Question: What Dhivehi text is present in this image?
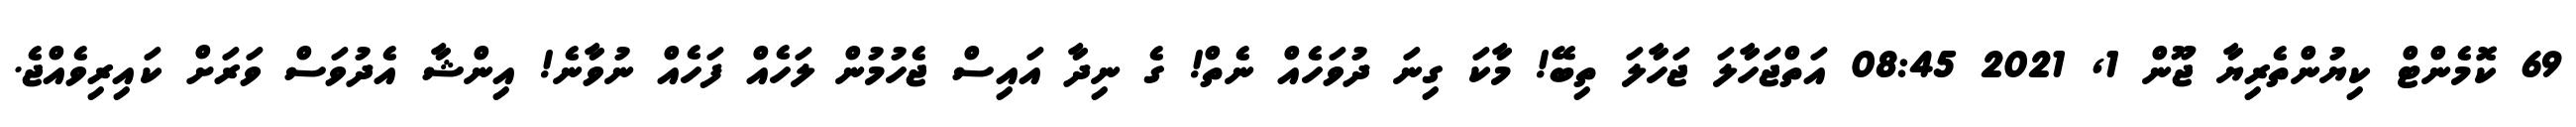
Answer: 69 ކޮމެންޓް ކިޔުންތެރިޔާ ޖޫން 1, 2021 08:45 އަތްޖަހާލަ ޖަހާލަ ތިބޭ! މާކަ ގިނަ ދުވަހެއް ނެތް! ގެ ނިދާ އައިސް ޖެހުމުން ލަހެއް ފަހެއް ނުވާނެ! އިންޝާ އެދުވަސް ވަރަށް ކައިރިވެއްޖެ.